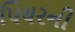
પિયરની